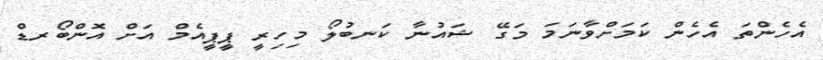
އެހެންތަ އެހެން ކަމަށްވާނަމަ މަގޭ ޝައުނާ ކަނބުލޯ މިހިރީ ޕީޕީއެމް އަށް އޮންބޯރޑް